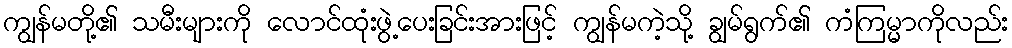
ကျွန်မတို့၏ သမီးများကို လောင်ထုံးဖွဲ့ပေးခြင်းအားဖြင့် ကျွန်မကဲ့သို့ ချွမ်ရွက်၏ ကံကြမ္မာကိုလည်း